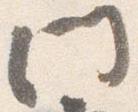
門